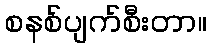
စနစ်ပျက်စီးတာ။